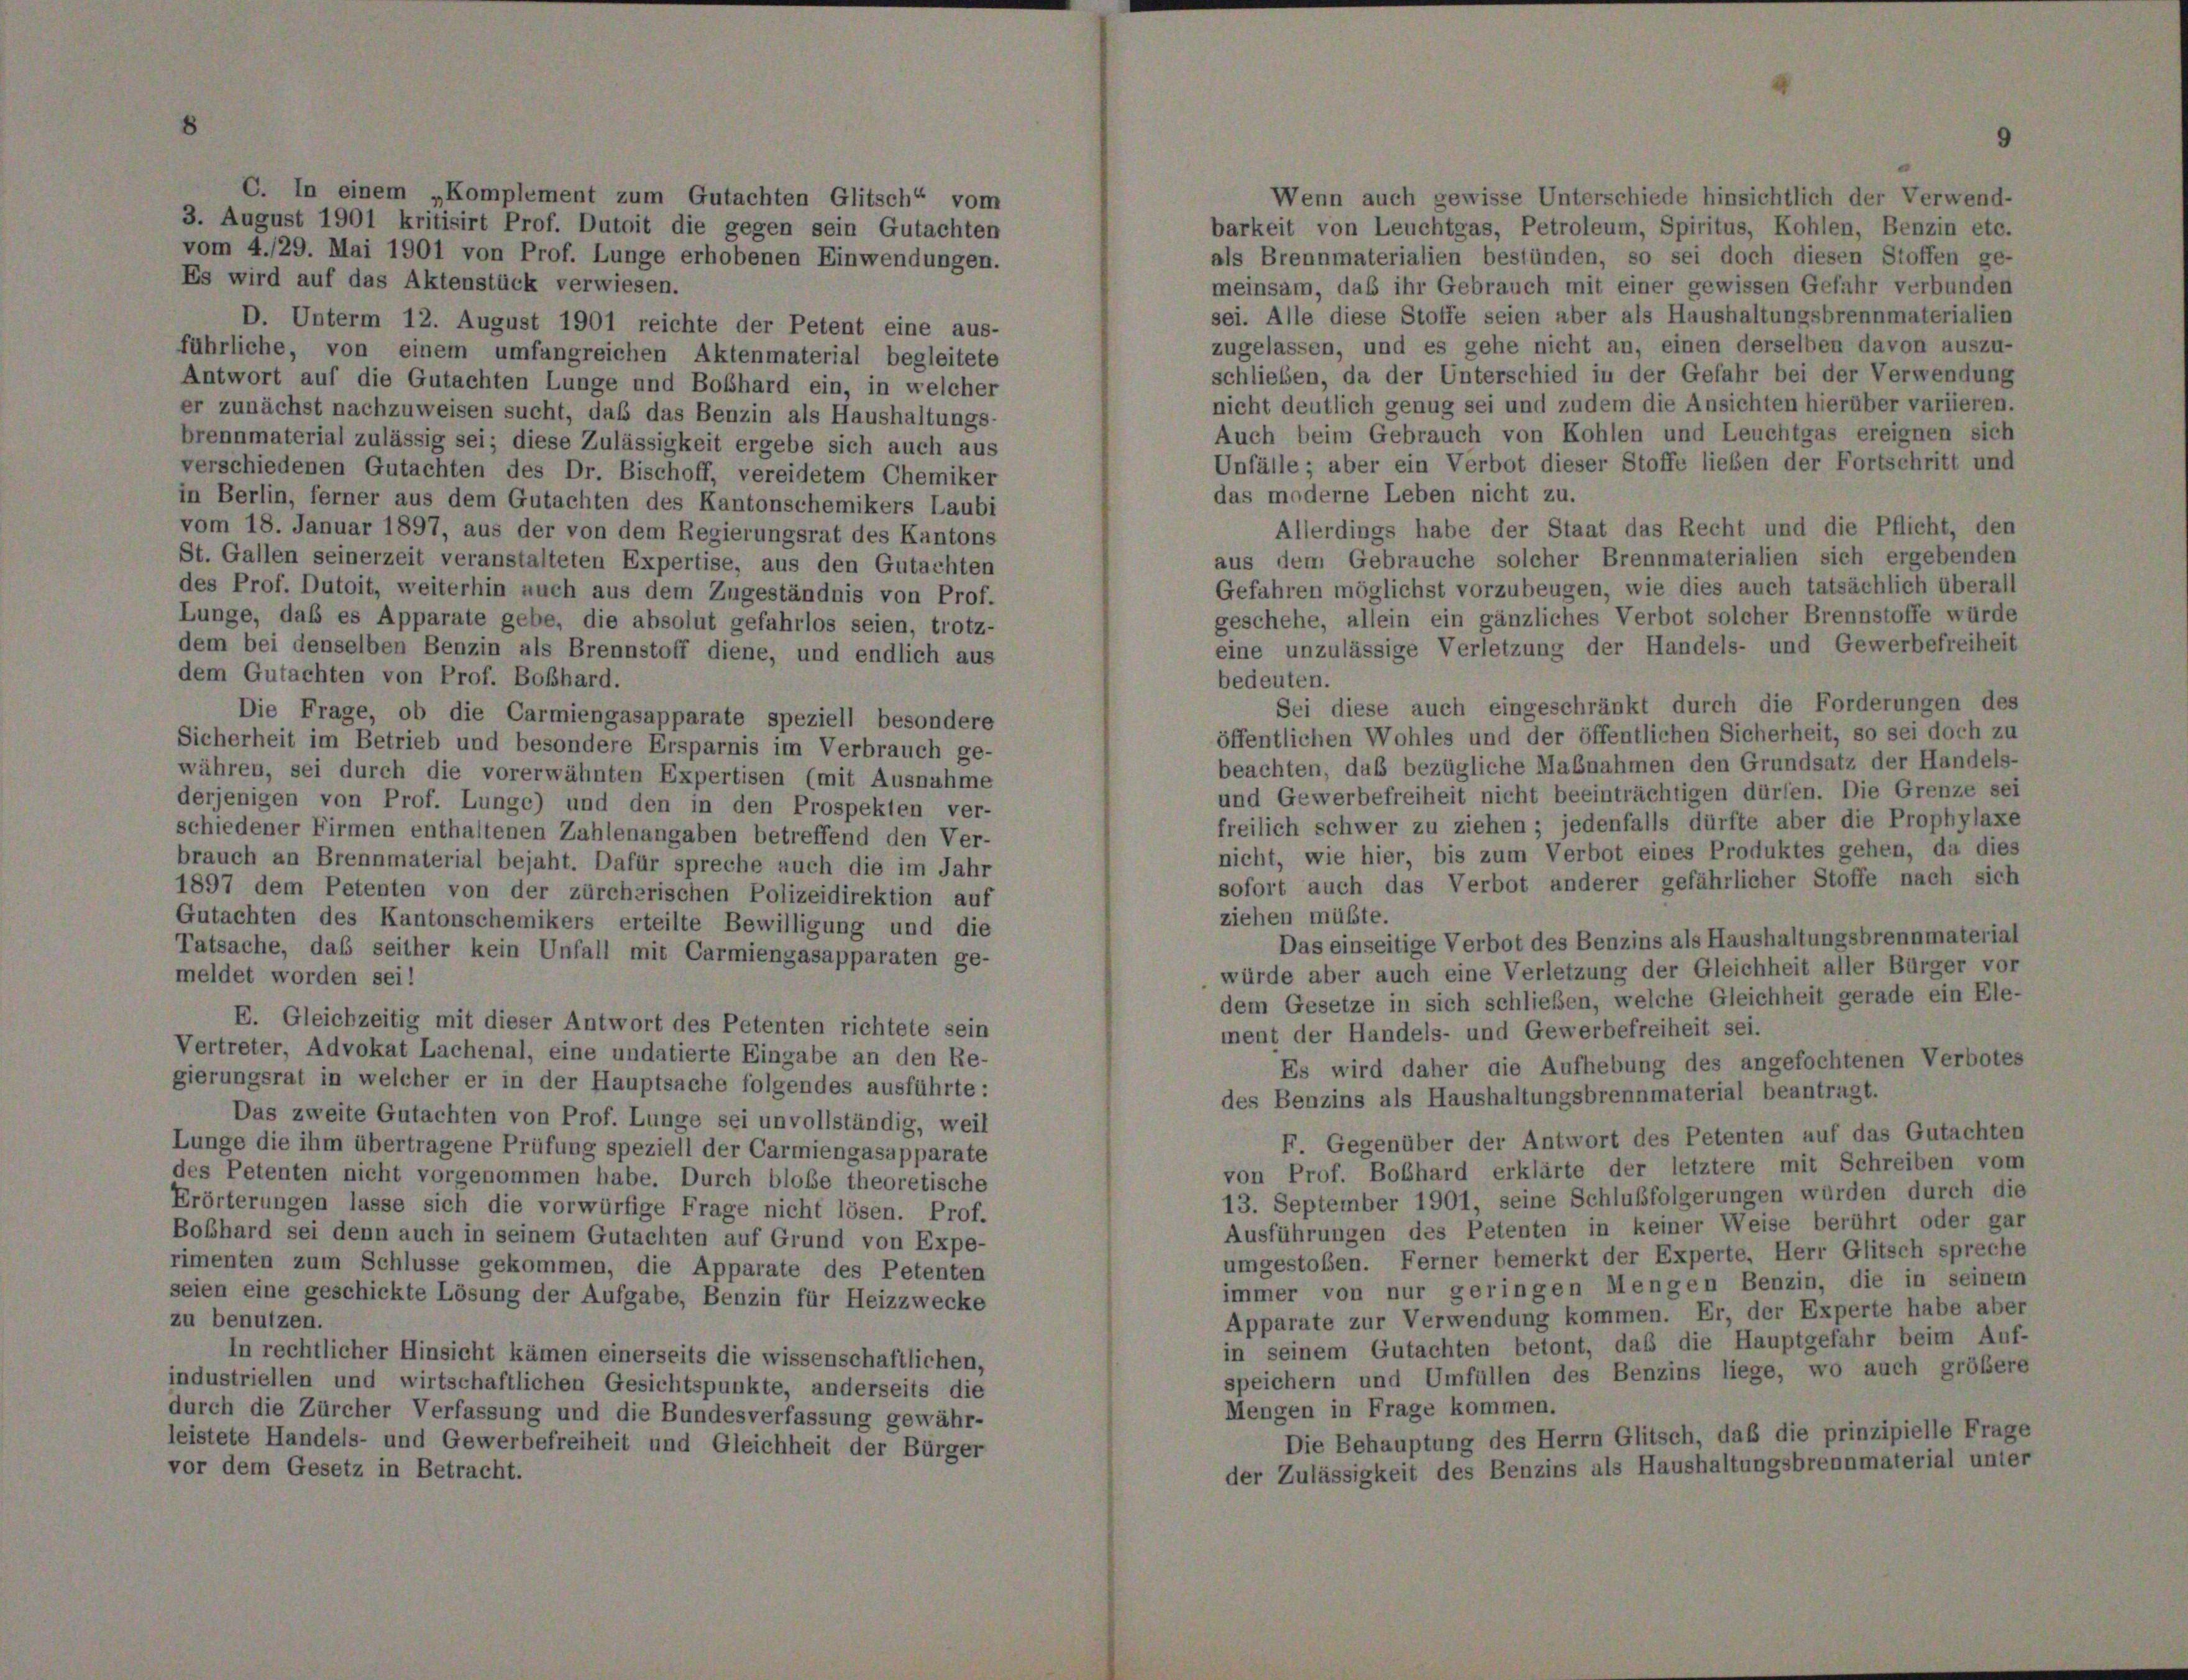
3. August 1901 kritisirt Prof. Dutoit die gegen sein Gutachten
barkeit von Leuchtgas, Petroleum, Spiritus, Kohlen, Benzin etc.
vom 4./29. Mai 1901 von Prof. Lunge erhobenen Einwendungen.
als Brennmaterialien bestünden, so sei doch diesen Stoffen ge-
Es wird auf das Aktenstück verwiesen.
meinsam, daß ihr Gebrauch mit einer gewissen Gefahr verbunden
sei. Alle diese Stoffe seien aber als Haushaltungsbrennmaterialien
D. Unterm 12. August 1901 reichte der Petent eine aus-
zugelassen, und es gehe nicht an, einen derselben davon auszu-
führliche, von einem umfangreichen Aktenmaterial begleitete
schlieben, da der Unterschied in der Gefahr bei der Verwendung
Antwort auf die Gutachten Lunge und Boßhard ein, in welcher
nicht deutlich genug sei und zudem die Ansichten hierüber variieren.
er zunächst nachzuweisen sucht, daß das Benzin als Haushaltungs-
Auch beim Gebrauch von Kohlen und Leuchtgas ereignen sich
brennmaterial zulässig sei; diese Zulässigkeit ergebe sich auch aus
Unfälle; aber ein Verbot dieser Stoffe lieben der Fortschritt und
verschiedenen Gutachten des Dr. Bischoff, vereidetem Chemiker
das moderne Leben nicht zu.
in Berlin, ferner aus dem Gutachten des Kantonschemikers Laubi
Allerdings habe der Staat das Recht und die Pflicht, den
vom 18. Januar 1897, aus der von dem Regierungsrat des Kantons
aus dem Gebrauche solcher Brennmaterialien sich ergebenden
St. Gallen seinerzeit veranstalteten Expertise, aus den Gutachten
Gefahren möglichst vorzubeugen, wie dies auch tatsächlich überall
des Prof. Dutoit, weiterhin auch aus dem Zugeständnis von Prof.
geschehe, allein ein gänzliches Verbot solcher Brennstoffe würde
Lunge, daß es Apparate gebe, die absolut gefahrlos seien, trotz-
eine unzulässige Verletzung der Handels- und Gewerbefreiheit
dem bei denselben Benzin als Brennstoff diene, und endlich aus
dem Gutachten von Prof. Boßhard.
bedeuten.
Sei diese auch eingeschränkt durch die Forderungen des
Die Frage, ob die Carmiengasapparate speziell besondere
öffentlichen Wohles und der öffentlichen Sicherheit, so sei doch zu
Sicherheit im Betrieb und besondere Ersparnis im Verbrauch ge-
beachten, daß bezügliche Maßnahmen den Grundsatz der Handels
währen, sei durch die vorerwähnten Expertisen (mit Ausnahme
und Gewerbefreiheit nicht beeinträchtigen dürfen. Die Grenze sei
derjenigen von Prof. Lunge) und den in den Prospekten ver-
freilich schwer zu ziehen; jedenfalls dürfte aber die Prophylaxe
schiedener Firmen enthaltenen Zahlenangaben betreffend den Ver-
nicht, wie hier, bis zum Verbot eines Produktes gehen, da dies
brauch an Brennmaterial bejaht. Dafür spreche auch die im Jahr
sofort auch das Verbot anderer gefährlicher Stoffe nach sich
1897 dem Petenten von der zürcherischen Polizeidirektion auf
ziehen müßte.
Gutachten des Kantonschemikers erteilte Bewilligung und die
Das einseitige Verbot des Benzins als Haushaltungsbrennmaterial
Tatsache, daß seither kein Unfall mit Carmiengasapparaten ge-
würde aber auch eine Verletzung der Gleichheit aller Bürger vor
meldet worden sei!
dem Gesetze in sich schließen, welche Gleichheit gerade ein Ele-
E. Gleichzeitig mit dieser Antwort des Petenten richtete sein
ment der Handels- und Gewerbefreiheit sei.
Vertreter, Advokat Lachenal, eine undatierte Eingabe an den Re-
Es wird daher die Aufhebung des angefochtenen Verbotes
gierungsrat in welcher er in der Hauptsache folgendes ausführte:
des Benzins als Haushaltungsbrennmaterial beantragt.
Das zweite Gutachten von Prof. Lunge sei unvollständig, weil
F Gegenüber der Antwort des Petenten auf das Gutachten
Lunge die ihm übertragene Prüfung speziell der Carmiengasapparate
von Prof. Boßhard erklärte der letztere mit Schreiben vom
des Petenten nicht vorgenommen habe. Durch blobe theoretische
13. September 1901, seine Schlußfolgerungen würden durch die
Erörterungen lasse sich die vorwürfige Frage nicht lösen. Prof.
Ausführungen des Petenten in keiner Weise berührt oder gar
Boßhard sei denn auch in seinem Gutachten auf Grund von Expe-
umgestoßen. Ferner bemerkt der Experte, Herr Glitsch spreche
rimenten zum Schlüsse gekommen, die Apparate des Petenten
immer von nur geringen Mengen Benzin, die in seinem
seien eine geschickte Lösung der Aufgabe, Benzin für Heizzwecke
Apparate zur Verwendung kommen. Er, der Experte habe aber
zu benutzen.
in seinem Gutachten betont, daß die Hauptgefahr beim Auf-
In rechtlicher Hinsicht kämen einerseits die wissenschaftlichen,
speichern und Umfüllen des Benzins liege, wo auch größere
industriellen und wirtschaftlichen Gesichtspunkte, anderseits die
Mengen in Frage kommen.
durch die Zürcher Verfassung und die Bundesverfassung gewähr-
Die Behauptung des Herrn Glitsch, daß die prinzipielle Frage
leistete Handels- und Gewerbefreiheit und Gleichheit der Bürger
der Zulässigkeit des Benzins als Haushaltungsbrennmaterial unter
vor dem Gesetz in Betracht.